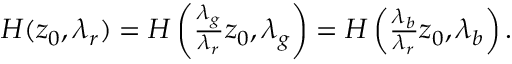
\begin{array} { r } { H ( z _ { 0 } , \lambda _ { r } ) = H \left( \frac { \lambda _ { g } } { \lambda _ { r } } z _ { 0 } , \lambda _ { g } \right) = H \left( \frac { \lambda _ { b } } { \lambda _ { r } } z _ { 0 } , \lambda _ { b } \right) . } \end{array}